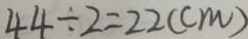
4 4 \div 2 = 2 2 ( c m )